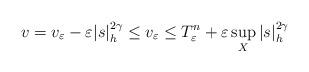
LaTeX: \begin{align*}v= v_\varepsilon - \varepsilon |s|_h^{2\gamma } \le v_\varepsilon \le T_\varepsilon^{n} + \varepsilon \sup_X |s|_h^{2\gamma }\end{align*}